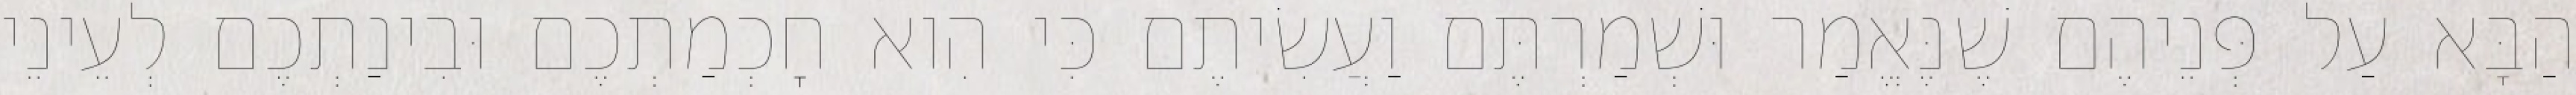
הַבָּא עַל פְּנֵיהֶם שֶׁנֶּאֱמַר וּשְׁמַרְתֶּם וַעֲשִׂיתֶם כִּי הִוא חׇכְמַתְכֶם וּבִינַתְכֶם לְעֵינֵי